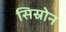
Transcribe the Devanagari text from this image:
सिस्रोन